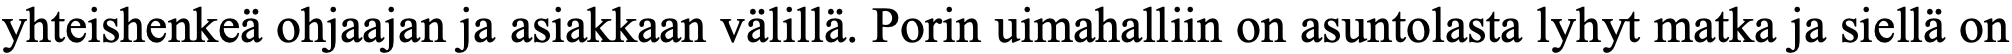
yhteishenkeä ohjaajan ja asiakkaan välillä. Porin uimahalliin on asuntolasta lyhyt matka ja siellä on